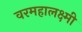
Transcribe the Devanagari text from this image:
वरमहालक्ष्मी